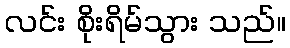
လင်း စိုးရိမ်သွား သည်။